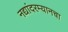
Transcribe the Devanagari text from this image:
नद्यांदरम्यानचा